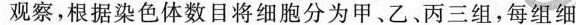
观察，根据染色体数目将细胞分为甲、乙、丙三组，每组细